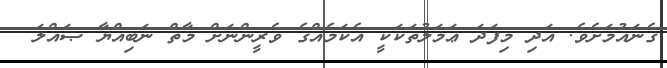
ގެނައުމަށެވެ. އަދި މިފަދަ ޢަމަލުތަކަކީ އެކަމެއްގެ ވެރީންނަށް މާތް ނަބިއްޔާ ޞައްލަ